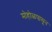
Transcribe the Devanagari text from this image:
मोहोळपासून